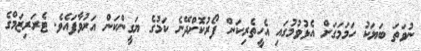
ނުވަތަ ބަޔަކު ހަމަމަގަށް އެޅުވުމުގައި އެހީތެރިކަން ފޯރުކޮށްދޭނެ ކަމުގެ ޔަގީންކަން އަރުވާފައެވެ. ޓެރަރިޒަމްގެ